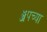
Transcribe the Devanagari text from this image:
ॲपच्या